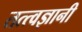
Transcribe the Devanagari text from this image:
तत्त्‍वज्ञानी